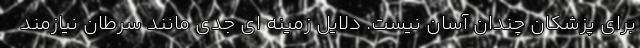
برای پزشکان چندان آسان نیست. دلایل زمینه ای جدی مانند سرطان نیازمند